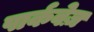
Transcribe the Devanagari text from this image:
पार्कवेज़